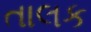
તાલક